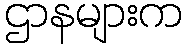
ဌာနများက